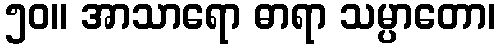
၅၀။ အာသာရော ဓာရာ သမ္ပာတော၊